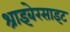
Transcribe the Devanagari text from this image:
श्राइबेरसाइट